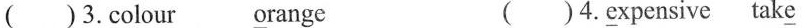
( ) 3.c\underline{o}lour \underline{o}range ( )4.\underline{e}xpensive tak\underline{e}